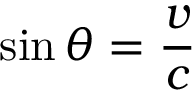
\sin \theta = { \frac { v } { c } }